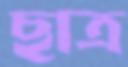
ছাত্র